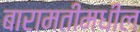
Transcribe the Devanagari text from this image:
बारामतीमधील